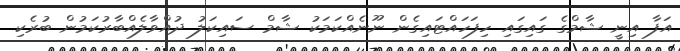
އަފާ އިނީ ޝާމްގެ ގައިގައި ހިފަހައްޓައިގެން ނޫނެއްކަމަކު ޝާމް ސައިކަލު ދުއްވާލެއްބާރުކަމުން ބުރެކި